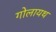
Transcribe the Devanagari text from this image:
गोलायथ